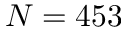
N = 4 5 3